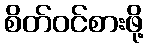
စိတ်ဝင်စားဖို့